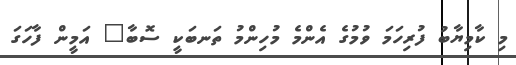
މި ކާމިޔާބު ފުރިހަމަ ވުމުގެ އެންމެ މުހިންމު ތަނބަކީ ސޮބާ" އަމީން ފާހަގަ